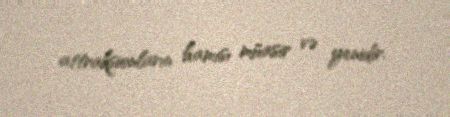
attraksionların hamısı müasir və yenidir.